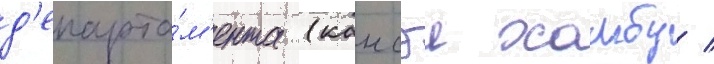
д'епарта́м'ента (кансэи хомбу /